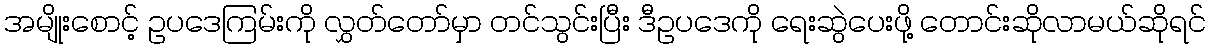
အမျိုးစောင့် ဥပဒေကြမ်းကို လွှတ်တော်မှာ တင်သွင်းပြီး ဒီဥပဒေကို ရေးဆွဲပေးဖို့ တောင်းဆိုလာမယ်ဆိုရင်